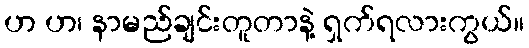
ဟ ဟ၊ နာမည်ချင်းတူတာနဲ့ ရှက်ရလားကွယ်။